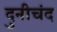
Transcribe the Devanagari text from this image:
दुनीचंद